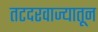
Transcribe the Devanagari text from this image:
तटदरवाज्यातून